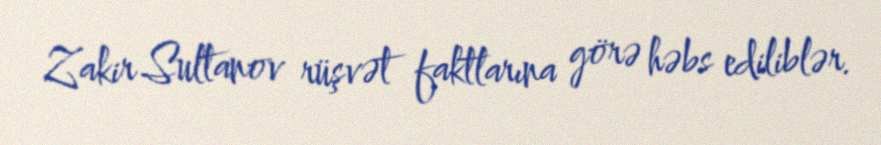
Zakir Sultanov rüşvət faktlarına görə həbs ediliblər.